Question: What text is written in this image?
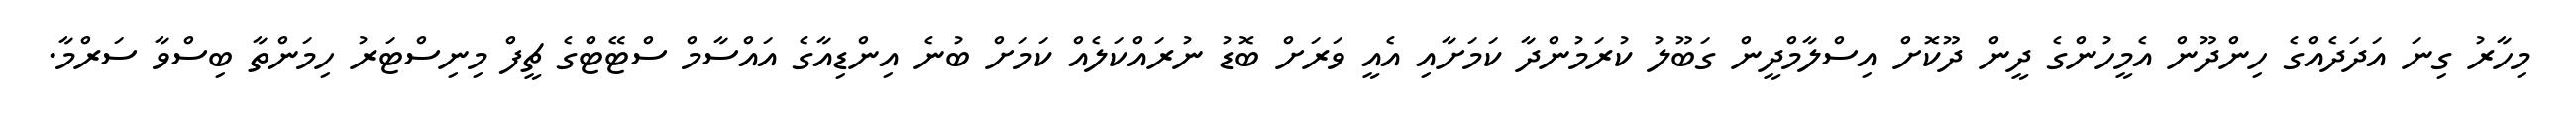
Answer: މިހާރު ގިނަ އަދަދެއްގެ ހިންދޫން އެމީހުންގެ ދީން ދޫކޮށް އިސްލާމްދީން ގަބޫލު ކުރަމުންދާ ކަމަށާއި އެއީ ވަރަށް ބޮޑު ނުރައްކަލެއް ކަމަށް ބުނެ އިންޑިއާގެ އައްސާމް ސްޓޭޓްގެ ޗީފް މިނިސްޓަރު ހިމަންތާ ބިސްވާ ސަރްމާ.